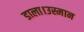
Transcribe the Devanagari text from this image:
डाला।उस्मान